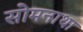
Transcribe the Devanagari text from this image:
सोमनाथा